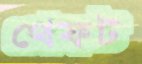
থেফট